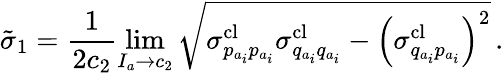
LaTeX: \tilde{\sigma}_{1}=\frac{1}{2c_{2}}\operatorname*{lim}_{I_{a}\to c_{2}}\sqrt{\sigma_{p_{a_{i}}p_{a_{i}}}^{\textrm{cl}}\sigma_{q_{a_{i}}q_{a_{i}}}^{\textrm{cl}}-\left(\sigma_{q_{a_{i}}p_{a_{i}}}^{\textrm{cl}}\right)^{2}}\, .